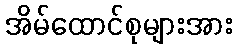
အိမ်ထောင်စုများအား